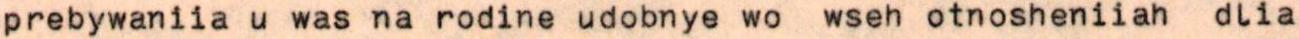
prebywaniia u was na rodine udobnye wo wseh otnosheniiah dlia